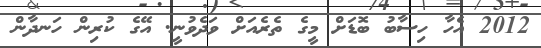
2012 އެހާ ހިސާބު ބޮޑަށް މީގެ ތެރެއަށް ވަދެވުނީ. އޭގެ ކުރިން ހަނދާން